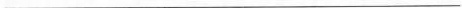
___